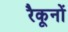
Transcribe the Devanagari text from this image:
रैकूनों